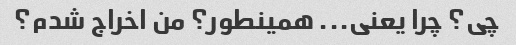
چی؟ چرا یعنی... همینطور؟ من اخراج شدم؟